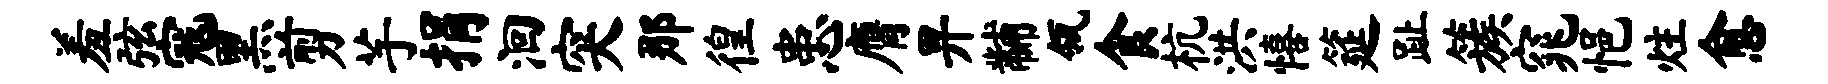
羞弦寇黑剪芋捐洄突那徨患膺畀黼瓴食杭洪僖筵趾簇窕悒炷愈